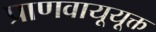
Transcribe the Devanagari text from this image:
प्राणवायूयूक्त